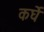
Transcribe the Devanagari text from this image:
कर्घे